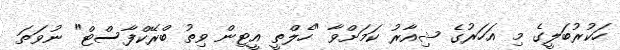
ހަކުރުބަލީގެ މި އަހަރުގެ ޝިއާރު ކަމަށްވާ "ހެލްތީ އީޓިން ވިތު ބްރޭކްފާސްޓް" ނުވަތަ